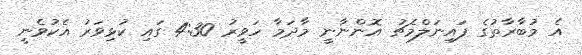
އެ މުބާރާތުގެ ފައިނަލްމެޗު އޮންނާނީ މާދަމާ ހަވީރު 4:30 ގައި ކުޅިވަރު އެކުވެނީ